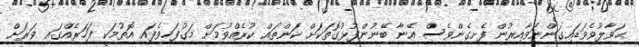
ޙަވާލުވެވަޑައިގަންނަވާއިރުން ފެށިގެންވެސް އޭނާ ބޭނުންފުޅުގޮތަކަށް ކަންތައް ކުރެއްވުމަށް މަގުފަހިވެފައި އޮތުމަކީ ފަހަރެއްގައި ވަރަށް